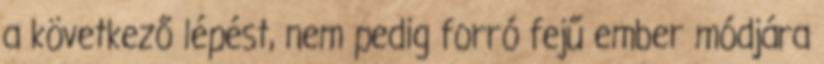
a következő lépést, nem pedig forró fejű ember módjára